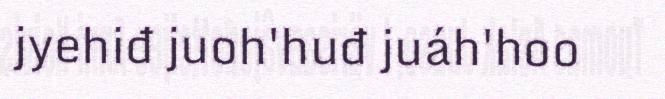
jyehiđ juoh'huđ juáh'hoo